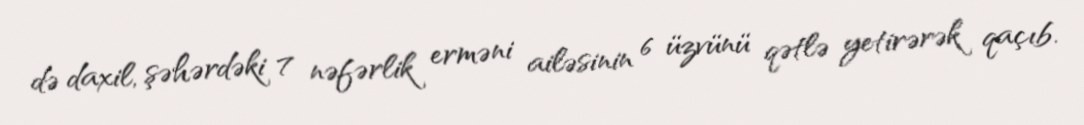
də daxil, şəhərdəki 7 nəfərlik erməni ailəsinin 6 üzvünü qətlə yetirərək qaçıb.